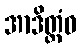
အာဒိတ္တံဝ